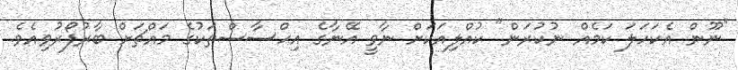
"ނޫން އެކަހަލަ ކަމެއް ނުކުރަން" ކުއްލިއަކަށް ނާވީ އޭނާގެ އިޙްސާސްތަކުގެ މައްޗަށް ބާރުފޯރުވިއެވެ.